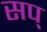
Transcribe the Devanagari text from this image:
सप्